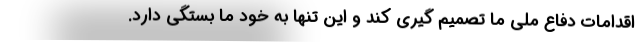
اقدامات دفاع ملی ما تصمیم گیری کند و این تنها به خود ما بستگی دارد.